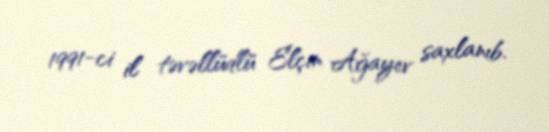
1991-ci il təvəllüdlü Elçin Ağayev saxlanıb.